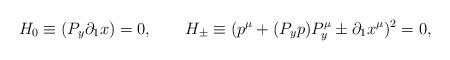
LaTeX: \begin{align*}\qquad H_0\equiv(P_y\partial_1 x)=0, \qquad H_\pm\equiv(p^\mu+(P_y p)P^\mu_y\pm\partial_1 x^\mu)^2=0,\end{align*}